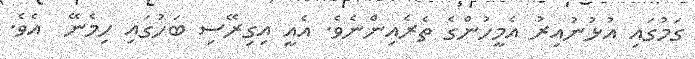
ގަމުގައި އުޅުނުއިރު އެމީހުންގެ ތެރެއިންނެވެ. އެއީ އިގިރޭސި ބަހުގައި ހިމެނޭ  އެވެ.